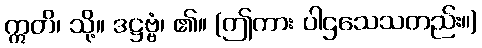
ဣတိ၊ သို့။ ဒဋ္ဌဗ္ဗံ၊ ၏။ (ဤကား ပါဌသေသတည်း။)